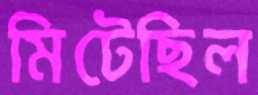
মিটেছিল